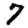
Digit: 7